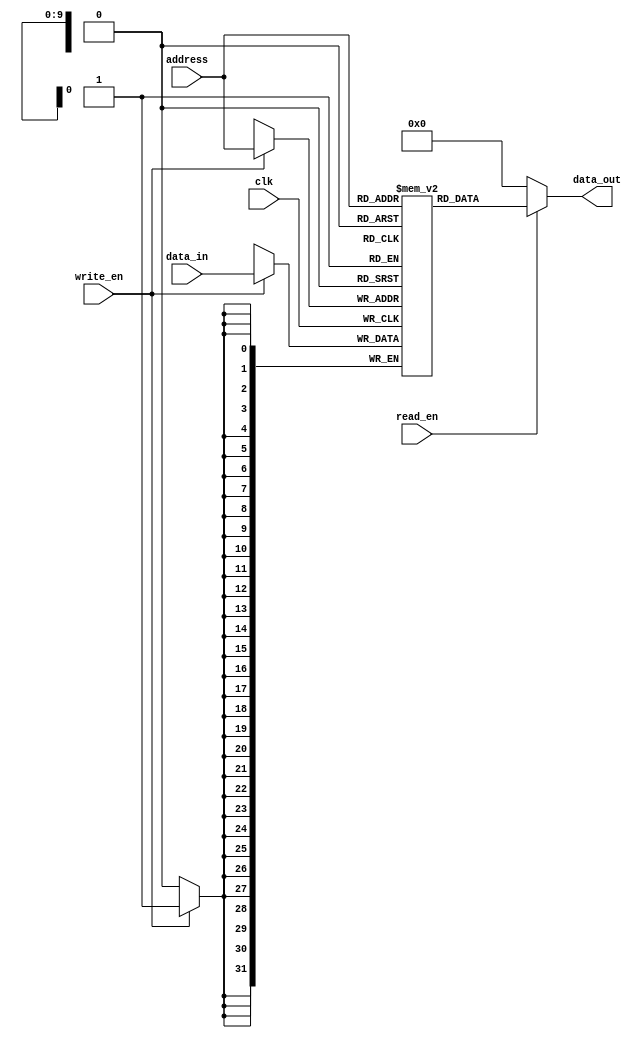
`timescale 1ns / 1ps
module memory#(
                    parameter A_BITS = 10,
                    parameter D_BITS = 32,
                    parameter MEMSIZE = 1024)
              (
                    input clk,
                    input [A_BITS-1:0] address,
                    input [D_BITS-1:0] data_in,
                    input read_en,
                    input write_en,
                    output [D_BITS-1:0] data_out        
                );
                
    reg [D_BITS-1:0] internal_memory[0:MEMSIZE-1];
    
    always@(posedge clk) begin
        if(write_en)
            internal_memory[address] <= data_in;
    end
    
    assign data_out = (read_en) ? internal_memory[address] : 0;
    
endmodule